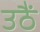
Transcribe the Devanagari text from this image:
उठैं